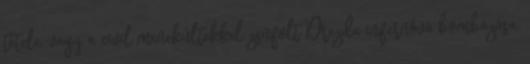
tétele, vagy a civil menekültekkel zsúfolt Drezda infernóvá bombázása.